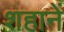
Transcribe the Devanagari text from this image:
शहानें